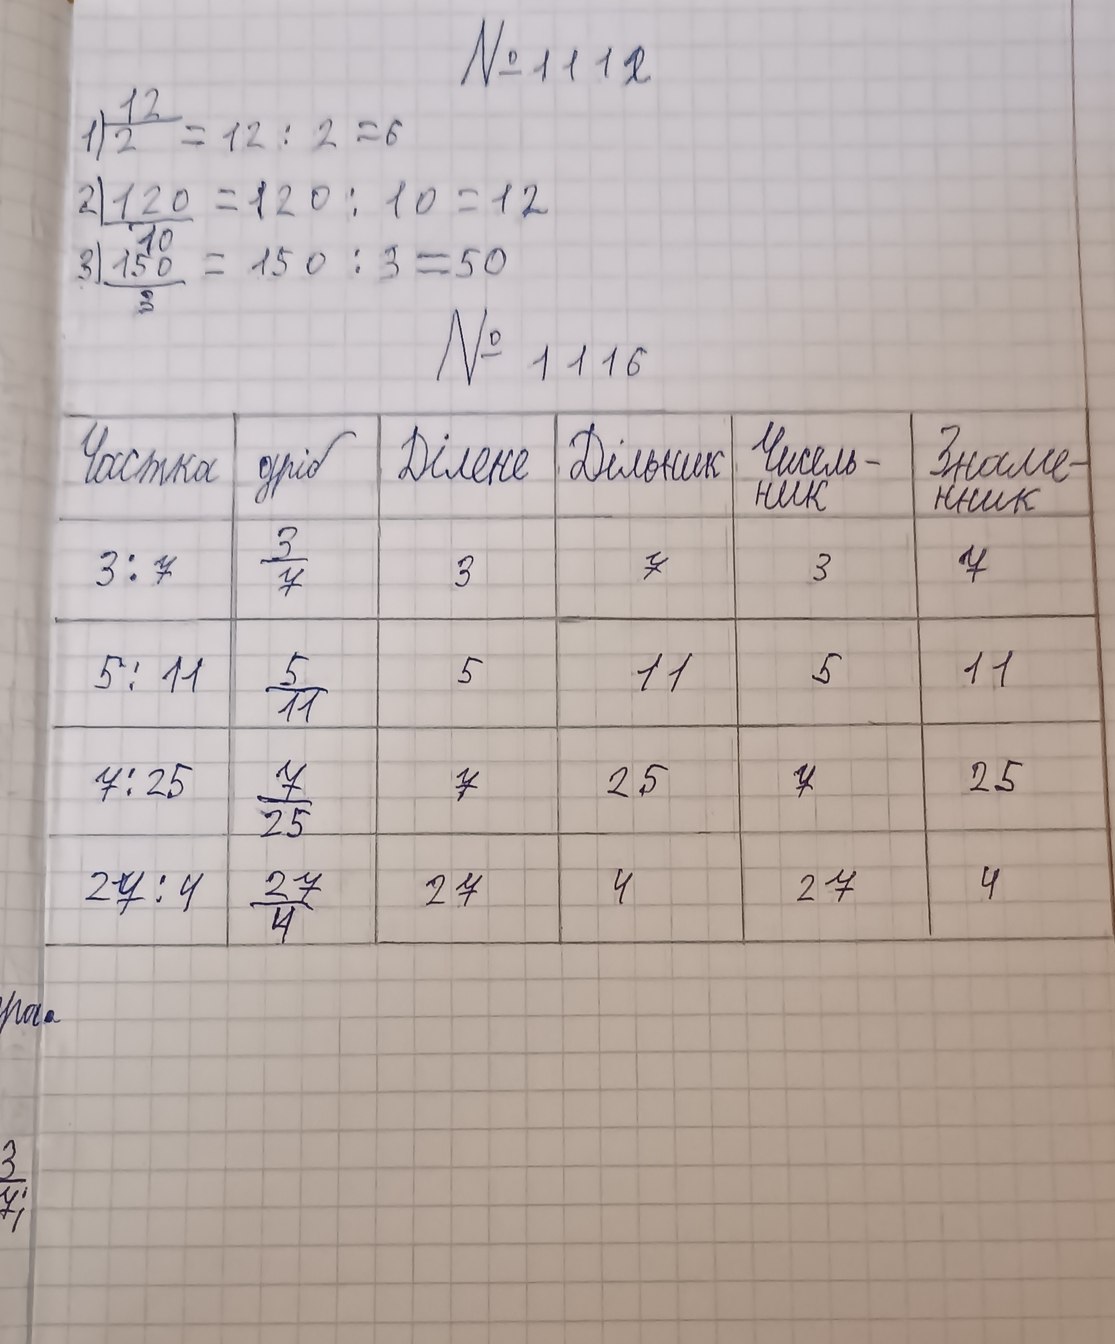
N^{\underline{o}} 1112
1) 12/2 = 12 : 2 = 6
2) 120/10 = 120 : 10 = 12
3) 150/3 = 150 : 3 = 50
№ 1116
Частка | дріб | Ділене | Дільник | Чисель-ник | Знаме-нник
3 : 7 | 3/7 | 3 | 7 | 3 | 7
5 : 11 | 5/11 | 5 | 11 | 5 | 11
7 : 25 | 7/25 | 7 | 25 | 7 | 25
27 : 4 | 27/4 | 27 | 4 | 27 | 4